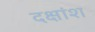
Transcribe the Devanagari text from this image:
दक्षांश